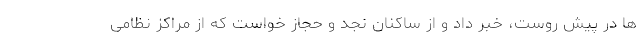
ها در پیش روست، خبر داد و از ساکنان نجد و حجاز خواست که از مراکز نظامی